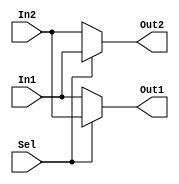
module Mux2x2  #(
	parameter W = 4
) (
	input 	wire [W-1:0] 	In1,
	input 	wire [W-1:0] 	In2,
	input 	wire  			Sel,
	output 	wire [W-1:0]	Out1,
	output 	wire [W-1:0]	Out2
);

	assign Out1 = (Sel) ? In2 : In1;
	assign Out2 = (Sel) ? In1 : In2;

endmodule